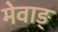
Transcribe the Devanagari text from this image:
मेवाङ्